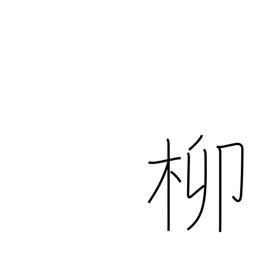
Meaning: willow